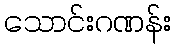
သောင်းဂဏန်း